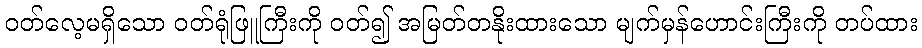
ဝတ်လေ့မရှိသော ဝတ်ရုံဖြူကြီးကို ဝတ်၍ အမြတ်တနိုးထားသော မျက်မှန်ဟောင်းကြီးကို တပ်ထား